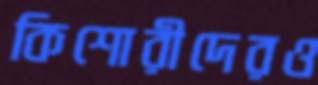
কিশোরীদেরও